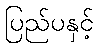
ပြည်ပနှင့်